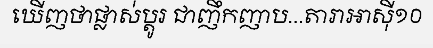
ឃើញថាផ្លាស់ប្តូរ ជាញឹកញាប...តារាអាស៊ី១០